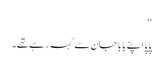
‘‘
پاپا اپنے بابا جان سے کہہ رہے تھے۔